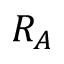
R _ { A }